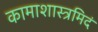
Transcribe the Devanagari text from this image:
कामाशास्त्रमिदं